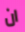
ان